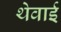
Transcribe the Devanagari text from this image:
थेवाई